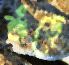
শুঁড়ে